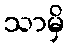
သာမှိ